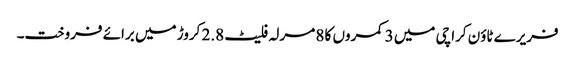
فریرے ٹاؤن کراچی میں 3 کمروں کا 8 مرلہ فلیٹ 2.8 کروڑ میں برائے فروخت۔